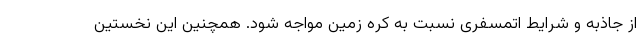
از جاذبه و شرایط اتمسفری نسبت به کره زمین مواجه شود. همچنین این نخستین